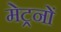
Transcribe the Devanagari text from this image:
मेट्रनों